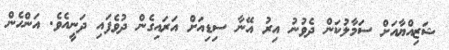
ޝަޒިއްޔާއަށް ސަމާލުކަން ދެވުނު އިރު އޭނާ ސިޑިއަށް އަރައިގެން ދުވެފައި ދަނީއެވެ. އަންހެން